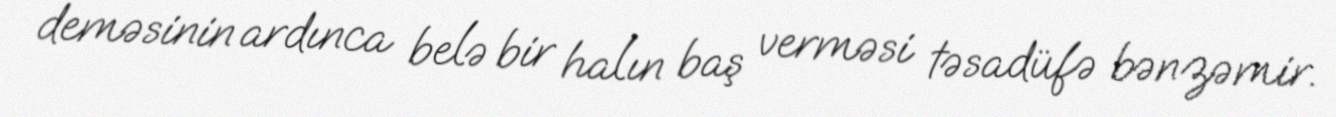
deməsinin ardınca belə bir halın baş verməsi təsadüfə bənzəmir.